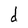
Character: d